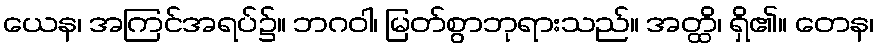
ယေန၊ အကြင်အရပ်၌။ ဘဂဝါ၊ မြတ်စွာဘုရားသည်။ အတ္ထိ၊ ရှိ၏။ တေန၊